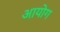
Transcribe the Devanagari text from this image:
अायोग